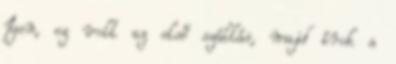
Igen, ez volt az első szállás, majd írok a